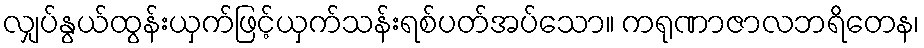
လျှပ်နွယ်ထွန်းယှက်ဖြင့်ယှက်သန်းရစ်ပတ်အပ်သော။ ကရုဏာဇာလဘရိတေန၊